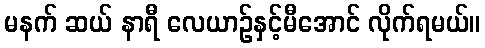
မနက် ဆယ် နာရီ လေယာဉ်နှင့်မီအောင် လိုက်ရမယ်။